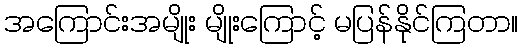
အကြောင်းအမျိုး မျိုးကြောင့် မပြန်နိုင်ကြတာ။